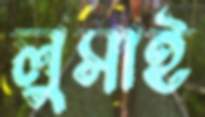
লুসাই